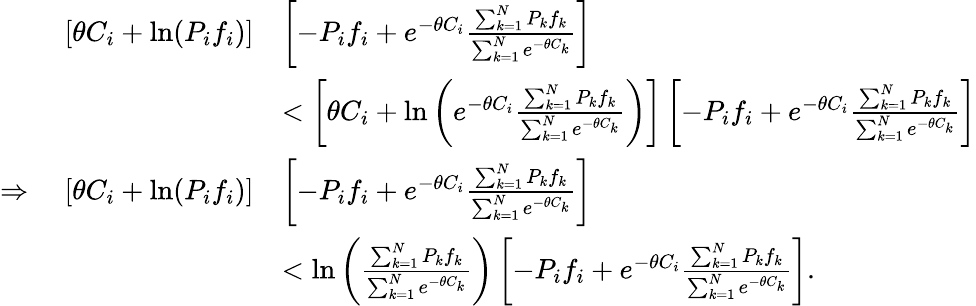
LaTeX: \begin{array}{rl}{[\theta C_{i}+\mathrm{ln}(P_{i}f_{i})]}&{\left[-P_{i}f_{i}+e^{-\theta C_{i}}\frac{\sum_{k=1}^{N}P_{k}f_{k}}{\sum_{k=1}^{N}e^{-\theta C_{k}}}\right]}\\ &{<\left[\theta C_{i}+\mathrm{ln}\left(e^{-\theta C_{i}}\frac{\sum_{k=1}^{N}P_{k}f_{k}}{\sum_{k=1}^{N}e^{-\theta C_{k}}}\right)\right]\left[-P_{i}f_{i}+e^{-\theta C_{i}}\frac{\sum_{k=1}^{N}P_{k}f_{k}}{\sum_{k=1}^{N}e^{-\theta C_{k}}}\right]}\\ {\Rightarrow\ \ \ \ [\theta C_{i}+\mathrm{ln}(P_{i}f_{i})]}&{\left[-P_{i}f_{i}+e^{-\theta C_{i}}\frac{\sum_{k=1}^{N}P_{k}f_{k}}{\sum_{k=1}^{N}e^{-\theta C_{k}}}\right]}\\ &{<\mathrm{ln}\left(\frac{\sum_{k=1}^{N}P_{k}f_{k}}{\sum_{k=1}^{N}e^{-\theta C_{k}}}\right)\left[-P_{i}f_{i}+e^{-\theta C_{i}}\frac{\sum_{k=1}^{N}P_{k}f_{k}}{\sum_{k=1}^{N}e^{-\theta C_{k}}}\right].}\end{array}